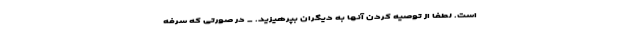
است. لطفا از توصیه کردن آنها به دیگران بپرهیزید. _ در صورتی که سرفه